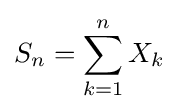
S_{n}=\sum _{k=1}^{n}X_{k}